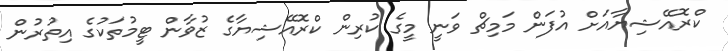
ކްރޮއޭޝިޔާއަށް އުފަން މަމިޗް ވަނީ މީގެ ކުރިން ކްރޮއޭޝިޔާގެ ޒުވާން ޓީމުތަކުގެ އިތުރުން